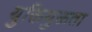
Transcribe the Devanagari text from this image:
युक्तियुक्तता